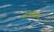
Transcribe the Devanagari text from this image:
कोचीमार्गे